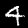
Label: 4